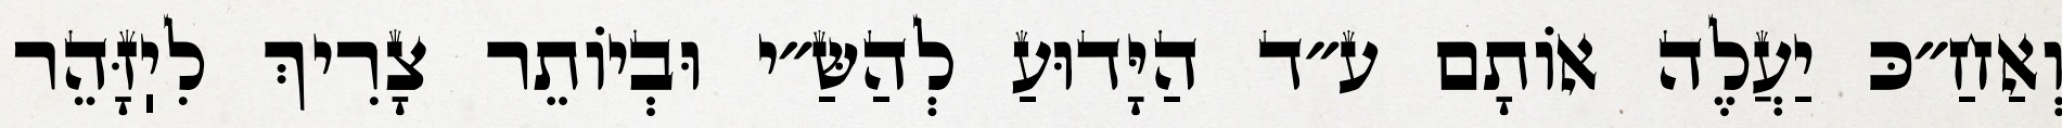
וְאַחַ״כּ יַעֲלֶה אוֹתָם ע״ד הַיָּדוּעַ לְהַשַּ״י וּבְיוֹתֵר צָרִיךְ לִיֽזָּהֵר